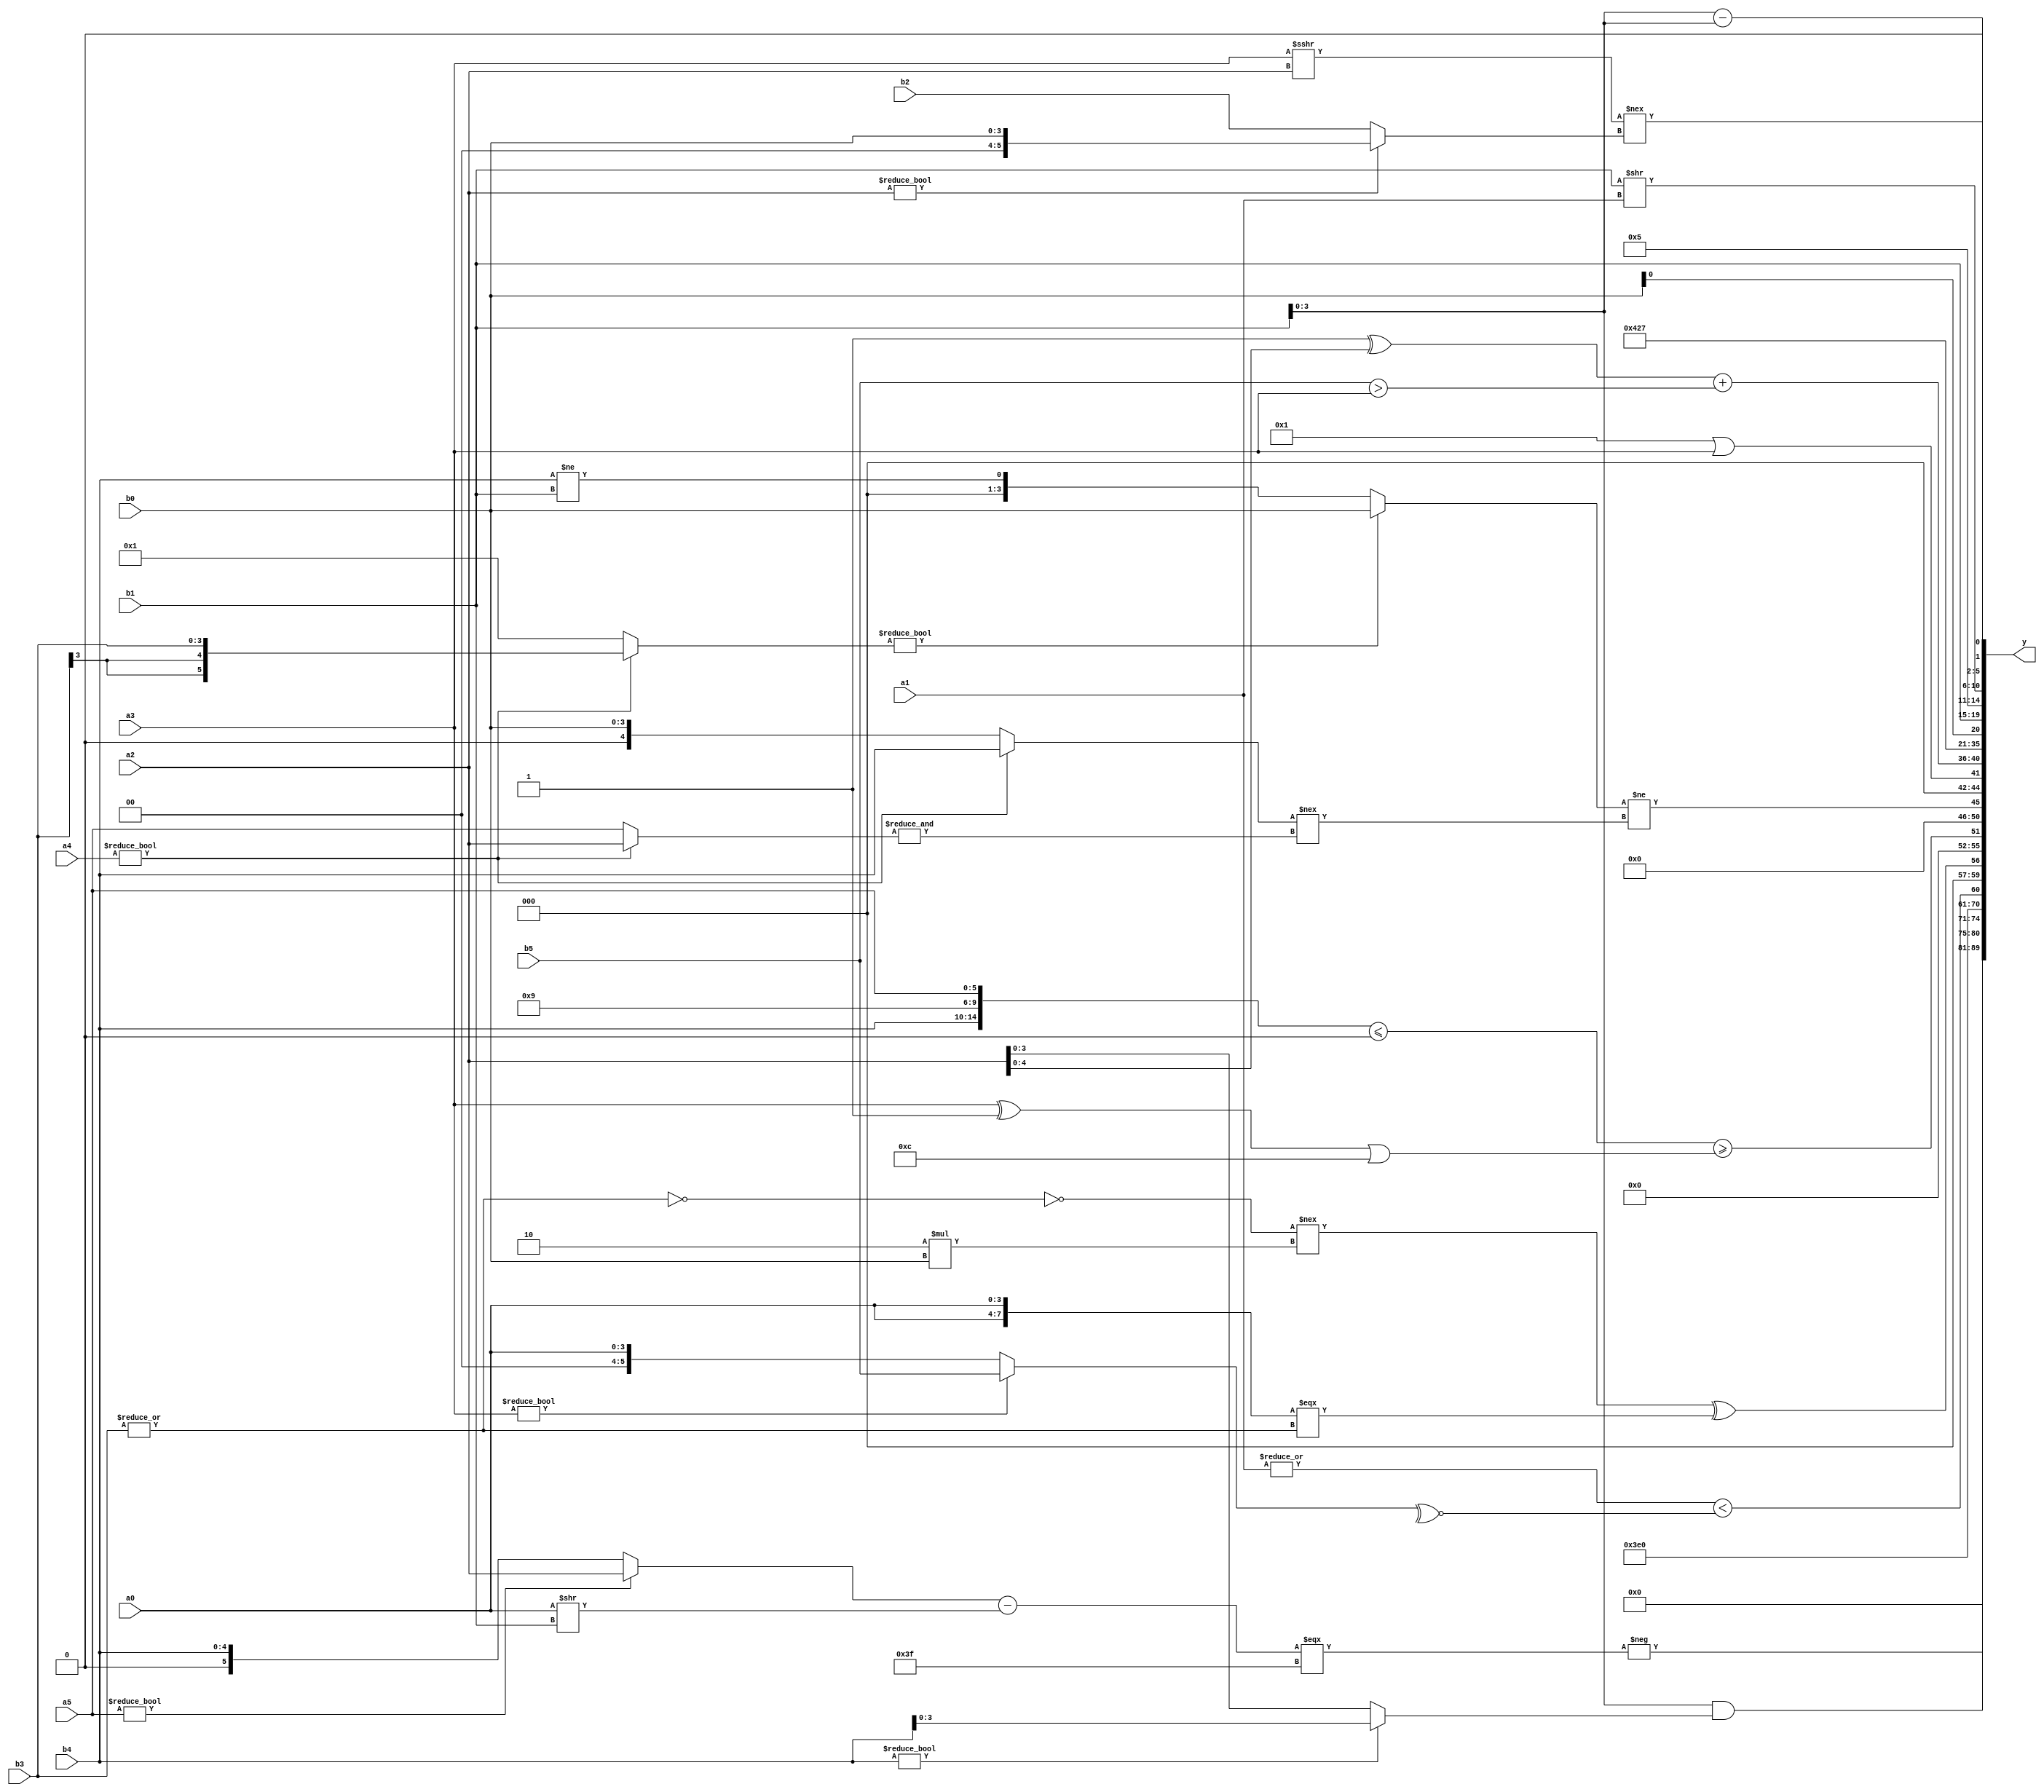
module expression_00875(a0, a1, a2, a3, a4, a5, b0, b1, b2, b3, b4, b5, y);
  input [3:0] a0;
  input [4:0] a1;
  input [5:0] a2;
  input signed [3:0] a3;
  input signed [4:0] a4;
  input signed [5:0] a5;

  input [3:0] b0;
  input [4:0] b1;
  input [5:0] b2;
  input signed [3:0] b3;
  input signed [4:0] b4;
  input signed [5:0] b5;

  wire [3:0] y0;
  wire [4:0] y1;
  wire [5:0] y2;
  wire signed [3:0] y3;
  wire signed [4:0] y4;
  wire signed [5:0] y5;
  wire [3:0] y6;
  wire [4:0] y7;
  wire [5:0] y8;
  wire signed [3:0] y9;
  wire signed [4:0] y10;
  wire signed [5:0] y11;
  wire [3:0] y12;
  wire [4:0] y13;
  wire [5:0] y14;
  wire signed [3:0] y15;
  wire signed [4:0] y16;
  wire signed [5:0] y17;

  output [89:0] y;
  assign y = {y0,y1,y2,y3,y4,y5,y6,y7,y8,y9,y10,y11,y12,y13,y14,y15,y16,y17};

  localparam [3:0] p0 = (5'd2 * ((3'd5)==(2'd0)));
  localparam [4:0] p1 = ((5'd26)?(4'sd5):(2'sd1));
  localparam [5:0] p2 = (5'sd2);
  localparam signed [3:0] p3 = (((3'd2)<<(4'd0))?{(4'd6),(3'd7)}:{(-5'sd11),(-5'sd7)});
  localparam signed [4:0] p4 = {(4'sd0),(5'd13),(2'd1)};
  localparam signed [5:0] p5 = {((5'd2 * ((4'd9)^(4'd3)))==={{((4'd7)<<<(4'sd2)),{(4'd5),(-4'sd0)},{(2'd1),(5'd27),(3'd1)}}})};
  localparam [3:0] p6 = (^(+(&(~^(+(-(!(~&(~|(~&(-(~^(-(~&(~(3'sd3))))))))))))))));
  localparam [4:0] p7 = ({(5'd22),(-4'sd3),(2'd0)}?(~^(5'd24)):(~|(5'd28)));
  localparam [5:0] p8 = (~&(-5'sd6));
  localparam signed [3:0] p9 = ((((4'd11)==(5'd20))<<((2'd3)<=(3'sd2)))^{{(~^(4'sd7)),(~(-2'sd0)),{1{(5'd3)}}}});
  localparam signed [4:0] p10 = (6'd2 * {3{(5'd17)}});
  localparam signed [5:0] p11 = ((4'd3)&&(~&(3'sd3)));
  localparam [3:0] p12 = (((4'sd1)==(5'sd10))+{4{(3'sd1)}});
  localparam [4:0] p13 = (3'd0);
  localparam [5:0] p14 = ({(2'd3),(5'sd3),(5'sd12)}?((-5'sd13)>>>(2'sd1)):((2'sd0)?(5'd1):(2'sd1)));
  localparam signed [3:0] p15 = ((-(-5'sd6))?{2{(4'd1)}}:(~(4'd3)));
  localparam signed [4:0] p16 = ((4'd8)===(4'd7));
  localparam signed [5:0] p17 = (3'd2);

  assign y0 = {1{(5'd16)}};
  assign y1 = {(p2==p15)};
  assign y2 = (-((((a5?a2:b4)-(a0>>b1))===(-3'sd1))));
  assign y3 = ((p3?b1:b3)&(b4?b4:a2));
  assign y4 = (5'd31);
  assign y5 = ({1{(|a1)}}<(~^(a3?b5:a0)));
  assign y6 = (((~(~|b3))!==(6'd2 * b0))^({2{a0}}===(~&(~|b3))));
  assign y7 = ({({b4,p12,a5}<=(2'd0))}>=((a3^p8)|(4'd12)));
  assign y8 = (((a4?b3:p11)?(+(p2?b0:a5)):(^(b4!=b1)))!=$signed($unsigned(((a4?b4:b0)!==(&(a4?a2:a5))))));
  assign y9 = (p15||a3);
  assign y10 = {(2'd0),(4'd7),(+((p7^a2)+(b5>a3)))};
  assign y11 = (4'd2);
  assign y12 = (~&((5'd21)));
  assign y13 = ((p13^p16)-{p1,p12});
  assign y14 = {2{{2{{p3,b0,b1}}}}};
  assign y15 = {4{p4}};
  assign y16 = (b1>>a1);
  assign y17 = {((a4?a0:p12)-(b0?b0:p17)),{(b1-b1),(p9<p15)},((a3>>>a2)!==(a2?b0:b2))};
endmodule